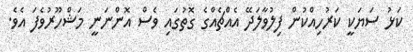
ކަޅު ސަޔަކީ ކަރުހިއްކުން ފިލުވާލަދޭ އެއްޗެއްގެ ގޮތުގައި ވެސް އޮންނަނީ މަޝްހޫރުވެފަ އެވެ.